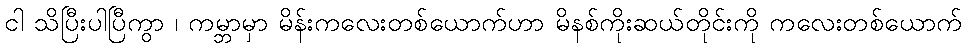
ငါ သိပြီးပါပြီကွာ ၊ ကမ္ဘာမှာ မိန်းကလေးတစ်ယောက်ဟာ မိနစ်ကိုးဆယ်တိုင်းကို ကလေးတစ်ယောက်